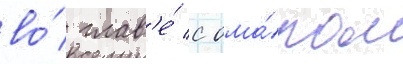
во́ глав'е́ с ома́ром